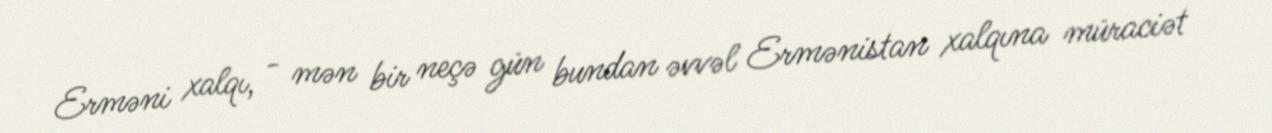
Erməni xalqı, - mən bir neçə gün bundan əvvəl Ermənistan xalqına müraciət